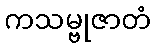
ကသမ္ဗုဇာတံ